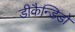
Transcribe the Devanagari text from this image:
डीकैन्डिडो